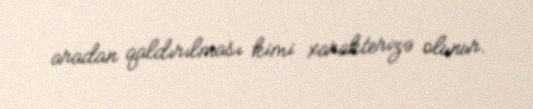
aradan qaldırılması kimi xarakterizə olunur.